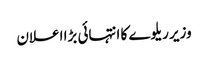
وزیر ریلوے کا انتہائی بڑا اعلان